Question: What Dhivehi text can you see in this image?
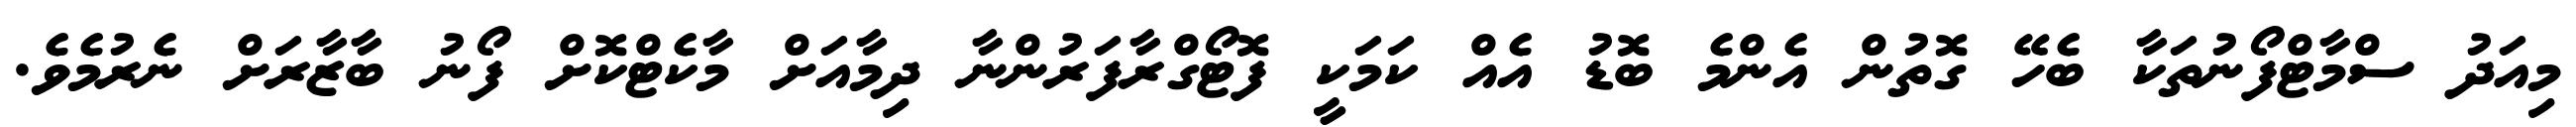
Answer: މިއަދު ސްމާޓްފޯނުތަކާ ބެހޭ ގޮތުން އެންމެ ބޮޑު އެއް ކަމަކީ ފޮޓޯގްރާފަރުންނާ ދިމާއަށް މާކެޓްކޮށް ފޯނު ބާޒާރަށް ނެރުމެވެ.